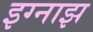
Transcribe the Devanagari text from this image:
इग्नाझ